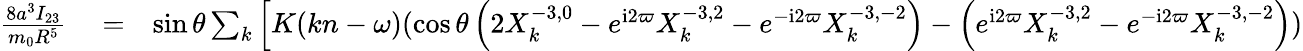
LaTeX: \begin{array}{rlr}{\frac{8a^{3}I_{23}}{m_{0}R^{5}}}&{{}=}&{\sin\theta\sum_{k}\Big[K(kn-\omega)(\cos\theta\left(2X_{k}^{-3,0}-e^{\mathrm{i}2\varpi}X_{k}^{-3,2}-e^{-\mathrm{i}2\varpi}X_{k}^{-3,-2}\right)-\left(e^{\mathrm{i}2\varpi}X_{k}^{-3,2}-e^{-\mathrm{i}2\varpi}X_{k}^{-3,-2}\right))}\end{array}